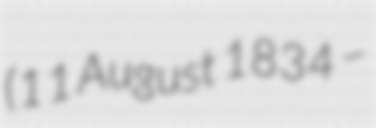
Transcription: (11 August 1834 –